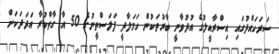
ސަރަހައްދުގައި އިސްރާއީލުގެ އުދުވާނީ ބާރުތަކުން ހަމަލާދީ ފަލަސްތީނުގެ 50 އާ ގާތްކުރާ އަދަދަކަށް